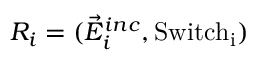
R _ { i } = ( \vec { E } _ { i } ^ { i n c } , \mathrm { { S w i t c h } _ { i } ) }